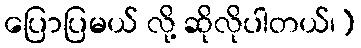
ပြောပြမယ် လို့ ဆိုလိုပါတယ်၊)